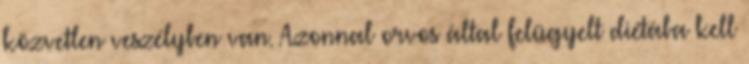
közvetlen veszélyben van. Azonnal orvos által felügyelt diétába kell